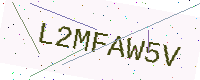
Text: L2MFAW5V